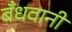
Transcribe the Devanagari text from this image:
बँधवानी